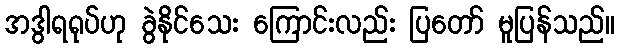
အဒွါရရုပ်ဟု ခွဲနိုင်သေး ကြောင်းလည်း ပြတော် မူပြန်သည်။